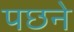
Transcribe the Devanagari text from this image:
पछने